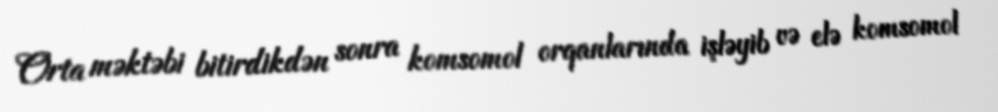
Orta məktəbi bitirdikdən sonra komsomol orqanlarında işləyib və elə komsomol